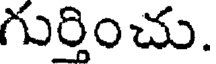
గుర్తించు.